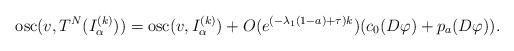
LaTeX: \begin{align*}\mathrm{osc}(v,T^N(I_\alpha^{(k)}))= \mathrm{osc}(v,I_\alpha^{(k)})+ O(e^{(-\lambda_1(1-a)+\tau)k})(c_0(D\varphi)+p_a(D\varphi)).\end{align*}